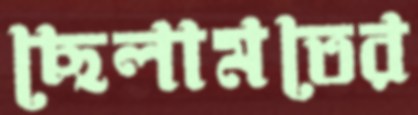
ছেলামতের